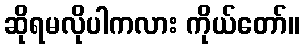
ဆိုရမလိုပါကလား ကိုယ်တော်။